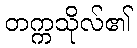
တက္ကသိုလ်၏